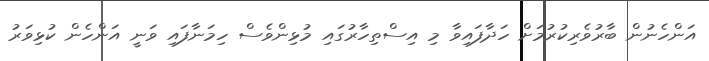
އަންހެނުން ބާރުވެރިކުރުމަށް ހަދާފައިވާ މި އިސްތިހާރުގައި މުޅިންވެސް ހިމަނާފައި ވަނީ އަންހެން ކުޅިވަރު